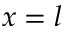
x = l